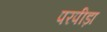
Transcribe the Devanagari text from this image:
परपीड़ा